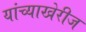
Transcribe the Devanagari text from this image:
यांच्याखेरीज